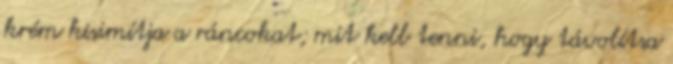
krém kisimítja a ráncokat; mit kell tenni, hogy távolítsa